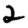
Digit: 2